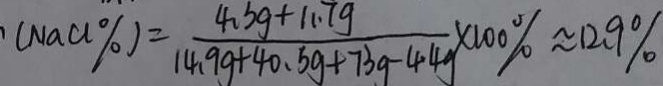
( N a C l \% ) = \frac { 4 . 5 g + 1 1 . 7 g } { 1 4 . 9 g + 4 0 . 5 g + 7 3 g - 4 4 g } \times 1 0 0 \% \approx 1 2 . 9 \%